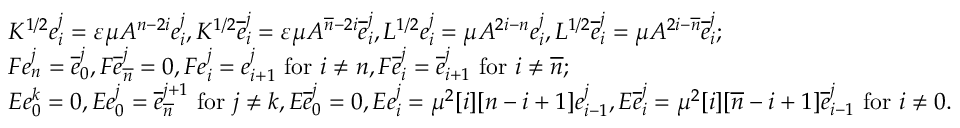
\begin{array} { r l } & { K ^ { 1 / 2 } e _ { i } ^ { j } = \varepsilon \mu A ^ { n - 2 i } e _ { i } ^ { j } , K ^ { 1 / 2 } \overline { { e } } _ { i } ^ { j } = \varepsilon \mu A ^ { \overline { { n } } - 2 i } \overline { { e } } _ { i } ^ { j } , L ^ { 1 / 2 } e _ { i } ^ { j } = \mu A ^ { 2 i - n } e _ { i } ^ { j } , L ^ { 1 / 2 } \overline { { e } } _ { i } ^ { j } = \mu A ^ { 2 i - \overline { { n } } } \overline { { e } } _ { i } ^ { j } ; } \\ & { F e _ { n } ^ { j } = \overline { { e } } _ { 0 } ^ { j } , F \overline { { e } } _ { \overline { { n } } } ^ { j } = 0 , F e _ { i } ^ { j } = e _ { i + 1 } ^ { j } \mathrm { ~ f o r ~ } i \neq n , F \overline { { e } } _ { i } ^ { j } = \overline { { e } } _ { i + 1 } ^ { j } \mathrm { ~ f o r ~ } i \neq \overline { { n } } ; } \\ & { E e _ { 0 } ^ { k } = 0 , E e _ { 0 } ^ { j } = \overline { { e } } _ { \overline { { n } } } ^ { j + 1 } \mathrm { ~ f o r ~ } j \neq k , E \overline { { e } } _ { 0 } ^ { j } = 0 , E e _ { i } ^ { j } = \mu ^ { 2 } [ i ] [ n - i + 1 ] e _ { i - 1 } ^ { j } , E \overline { { e } } _ { i } ^ { j } = \mu ^ { 2 } [ i ] [ \overline { { n } } - i + 1 ] \overline { { e } } _ { i - 1 } ^ { j } \mathrm { ~ f o r ~ } i \neq 0 . } \end{array}